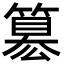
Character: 簒